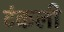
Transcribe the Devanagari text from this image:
टंकली